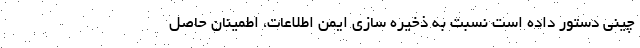
چینی دستور داده است نسبت به ذخیره سازی ایمن اطلاعات، اطمینان حاصل